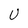
Character: U